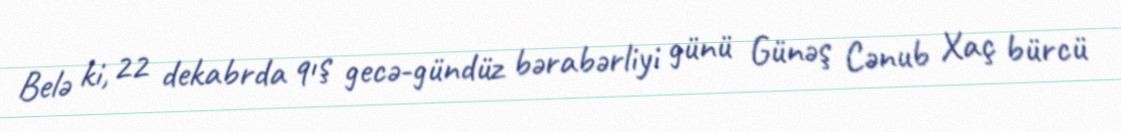
Belə ki, 22 dekabrda qış gecə-gündüz bərabərliyi günü Günəş Cənub Xaç bürcü